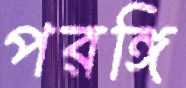
পরঙ্গি